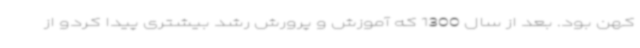
کهن بود. بعد از سال 1300 که آموزش و پرورش رشد بیشتری پیدا کردو از